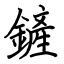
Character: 鏟